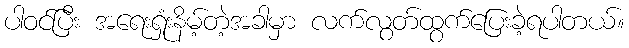
ပါဝင်ပြီး အရေးရှုံးနိမ့်တဲ့အခါမှာ လက်လွတ်ထွက်ပြေးခဲ့ရပါတယ်။